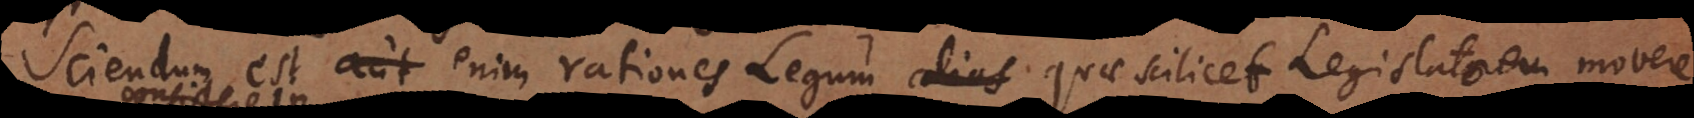
Sciendum est aut enim rationes Legum alias quae scilicet Legislatorem movere,